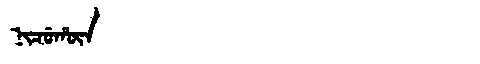
Manchu: ᠨᡳᠴᡠᡥᡡᠨ
Romanization: NICUHŪN